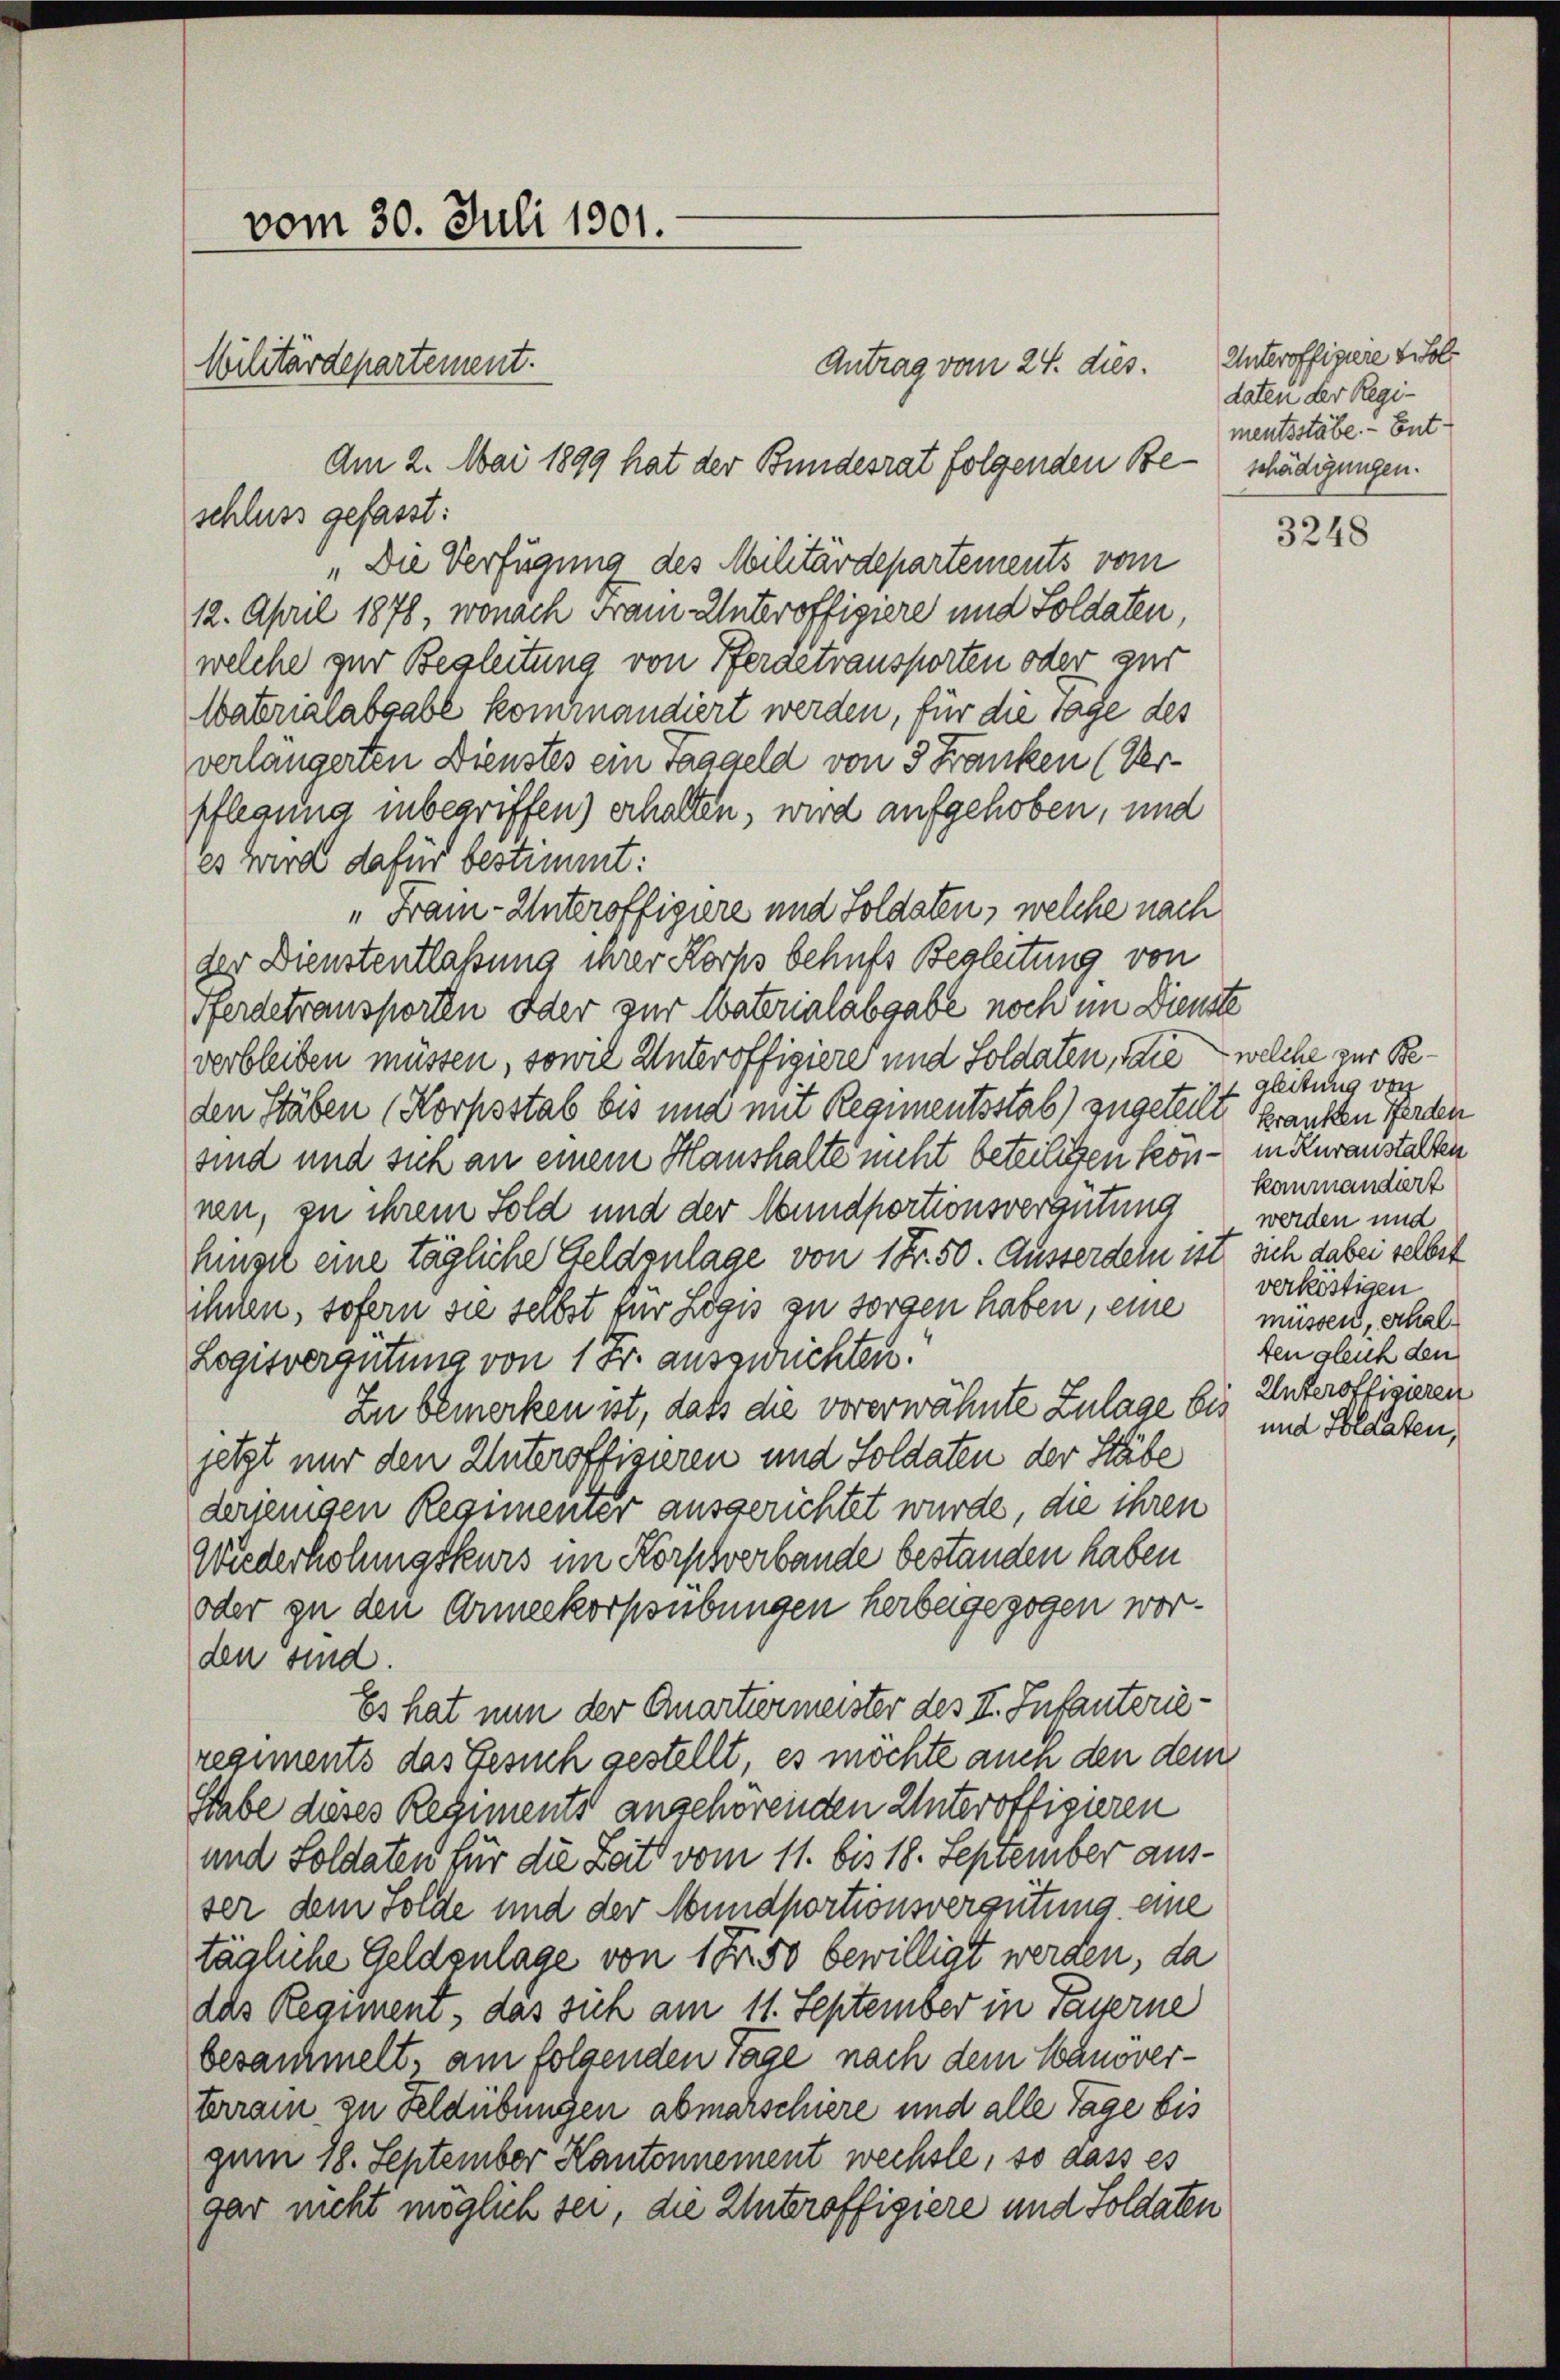
Antrag vom 24. dies.
Am 2. Mai 1899 hat der Bundesrat folgenden Beschädigungen.
schluss gefasst:
„Die Verfügung des Militärdepartements vom
12. April 1878, wonach Franz Unteroffigiere und Soldaten,
welche zur Begleitung von Pergetransporten oder zur
Watrialabgabe kommandiert werden, für die Tage des
verlängerten Dienstes ein Taggeld von 3 Franken (Ver-
pflegung inbegriffen) erhalten, wird aufgehoben, und
es wird dafür bestimmt:
„Franz- Unteroffigire und Soldaten, welche nach
der Dienstentlaßung ihrer Korps behufs Begleitung von
Perdetransporten oder zur Materialabgabe noch im Dienste
verbleiben müssen, sowie Unteroffigiere und Soldaten, face welche zur Beden Stäben (Korpsstab bis und mit Regimentsstab) zugeteilt, granken Herden
sind und sich an einem Haushalte nicht beteiligen kön- in Kuranstalten
nen, zu ihrem Sold und der Mundportionsvergütung
hinzu eine tägliche Geldzulage von 1 Fr. 50. Ausserdem ist sich dabei selbet
ihnen, sofern sie selbst für Logis zu sorgen haben, eine müssen, schal¬
Logisvergütung von 1 Fr. auszurichten.
Zu bemerken ist, daß die vorerwähnte Zulage bis und Soldaten,
jetzt nur den Unteroffigieren und Soldaten der Stäbe
derjenigen Regimenter ausgerichtet wurde, die ihren
Wiederholungskurs im Korptverbande bestanden haben
oder zu den Armeekorpsübungen herbeigezogen worden sind.
Es hat nun der Quartiermeister des II. Infanterieregiments das Gesuch gestellt, es möchte auch den dem
Stabe dieses Regiments angehörenden Unteroffigieren
und Soldaten für die Zeit vom 11. bis 18. September ausser dem Solde und der Mundportionsvergütung eine
tägliche Geldzulage von 1 f 50 bewilligt werden, da
das Regiment, das sich am 11. September in Payerne
besammelt, am folgenden Tage nach dem Banoverterrain zu Feldübungen abmarschiere und alle Tage bis
gum 18. September Kantonnement wechste, so dass es
gar nicht möglich sei, die Unteroffigiere und Soldaten

vom 30. Juli 1901.
Militärdepartement.

Unteroffiziere viole
daten der Regimentsstäbe. - Ent¬

3248

gleitung von
kommandiert
werden und
verköstigen
ten gleich den
Unteroffizieren